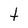
Character: t